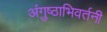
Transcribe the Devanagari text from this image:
अंगुष्ठाभिवर्तनी